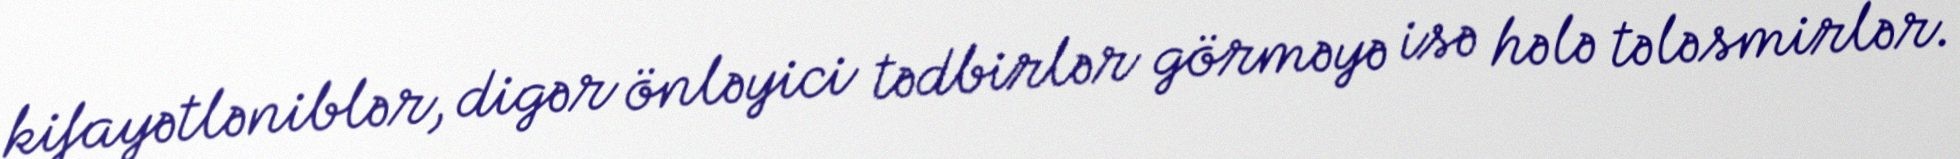
kifayətləniblər, digər önləyici tədbirlər görməyə isə hələ tələsmirlər.